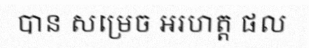
បាន សម្រេច អរហត្ត ផល